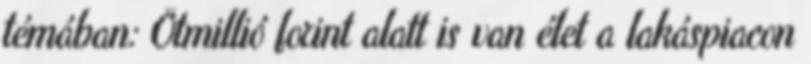
témában: Ötmillió forint alatt is van élet a lakáspiacon